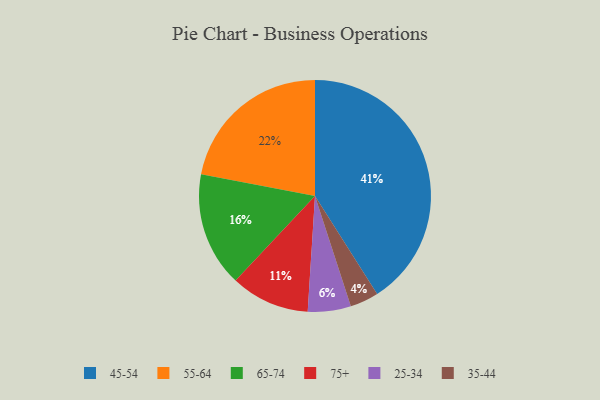
{"axis": {"x": "Category", "y": "Percentage"}, "legend": ["25-34", "35-44", "45-54", "55-64", "65-74", "75+"], "data": [{"x": "45-54", "y": 41, "type": "45-54"}, {"x": "25-34", "y": 6, "type": "25-34"}, {"x": "65-74", "y": 16, "type": "65-74"}, {"x": "75+", "y": 11, "type": "75+"}, {"x": "55-64", "y": 22, "type": "55-64"}, {"x": "35-44", "y": 4, "type": "35-44"}]}